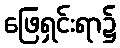
ဖြေရှင်းရာ၌